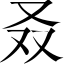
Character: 叒